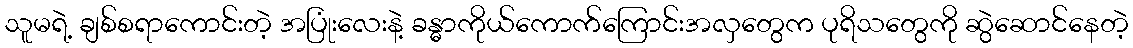
သူမရဲ့ ချစ်စရာကောင်းတဲ့ အပြုံးလေးနဲ့ ခန္ဓာကိုယ်ကောက်ကြောင်းအလှတွေက ပုရိသတွေကို ဆွဲဆောင်နေတဲ့